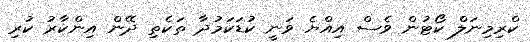
ކްރިމިނަލް ކޯޓުން ވެސް އިއްޔެ ވަނީ ކުޑަކަމުދާ ތަކެތި ދޭން އިންކާރު ކުރި